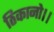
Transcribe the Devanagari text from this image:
ठिकानो।।